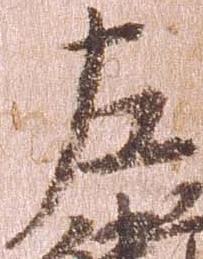
左